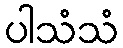
ပါသံသံ